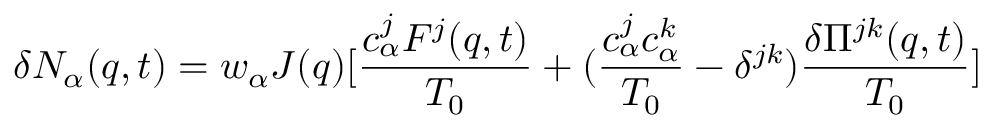
\delta N _ { \alpha } ( { q } , t ) = w _ { \alpha } J ( { q } ) [ \frac { { c } _ { \alpha } ^ { j } { F } ^ { j } ( { q } , t ) } { T _ { 0 } } + ( \frac { { c } _ { \alpha } ^ { j } { c } _ { \alpha } ^ { k } } { T _ { 0 } } - \delta ^ { j k } ) \frac { \delta { \Pi } ^ { j k } ( { q } , t ) } { T _ { 0 } } ]